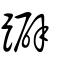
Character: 躃